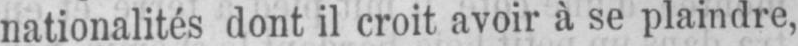
nationalités dont il croit avoir à se plaindre,